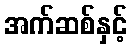
အက်ဆစ်နှင့်